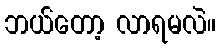
ဘယ်တော့ လာရမလဲ။